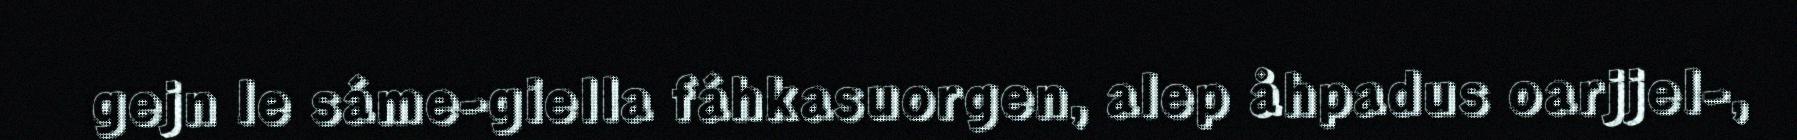
gejn le sáme-giella fáhkasuorgen, alep åhpadus oarjjel-,